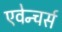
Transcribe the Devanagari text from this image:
एवेन्चर्स